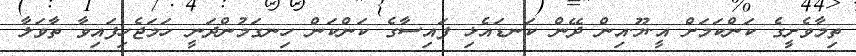
ތިމާވެށީގެ ކަންކަމަށް އީ.ޔޫ.އިން ދޭން ކަނޑައެޅި ފައިސާގެ ކަންކަން ހިނގަމުންދަނީ ހަމަޖެހިފައިވާ ތާވަލާ